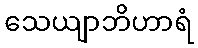
သေယျာဘိဟာရံ